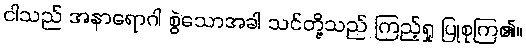
ငါသည် အနာရောဂါ စွဲသောအခါ သင်တို့သည် ကြည့်ရှု ပြုစုကြ၏။